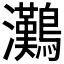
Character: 𤅩